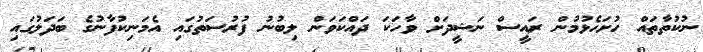
ނުކުތާތައް ހުށަހެޅުމުން ރައީސް ނަޝީދަށް ވާހަކަ ދައްކަވަން ލިބުނު ފުރުސަތުގައި އެމަނިކުފާނުގެ ބަދަލުގައި